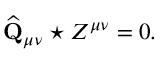
\widehat { \mathbf { Q } } _ { \mu \nu } \star Z ^ { \mu \nu } = 0 .